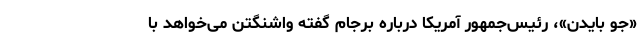
«جو بایدن»، رئیس‌جمهور آمریکا درباره برجام گفته واشنگتن می‌خواهد با